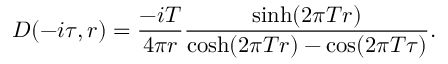
D ( - i \tau , r ) = { \frac { - i T } { 4 \pi r } } { \frac { \sinh ( 2 \pi T r ) } { \cosh ( 2 \pi T r ) - \cos ( 2 \pi T \tau ) } } .